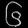
Digit: ၆